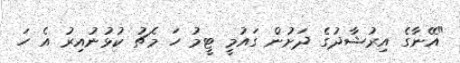
"އޭނާގެ އިރުޝާދުގެ ދަށުން ގައުމީ ޓީމު ހަ މެޗު ކުޅުނުއިރު އެ ހަ